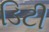
ડિટી